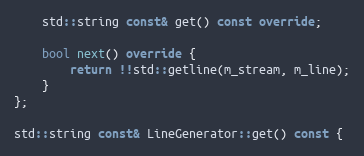
Language: C++
    std::string const& get() const override;

    bool next() override {
        return !!std::getline(m_stream, m_line);
    }
};

std::string const& LineGenerator::get() const {